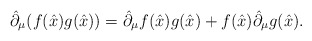
\begin{align*}\hat{\partial}_\mu(f(\hat{x})g(\hat{x}))=\hat{\partial}_\mu f(\hat{x}) g(\hat{x})+f(\hat{x})\hat{\partial}_\mu g(\hat{x}).\end{align*}